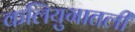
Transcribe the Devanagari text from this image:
कलियुगातली